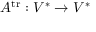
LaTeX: A ^ { \operatorname { t r } } : V ^ { * } \rightarrow V ^ { * }